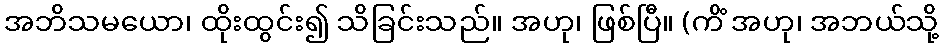
အဘိသမယော၊ ထိုးထွင်း၍ သိခြင်းသည်။ အဟု၊ ဖြစ်ပြီ။ (ကိံ အဟု၊ အဘယ်သို့